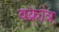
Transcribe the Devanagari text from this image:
वक्रांत्र